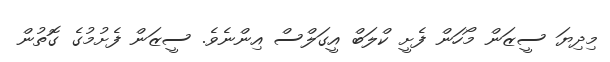
މިދިޔަ ސީޒަން މޯހަން ފެށީ ކްލަބް އީގަލްސް އިންނެވެ. ސީޒަން ފެށުމުގެ ގޮތުން